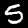
Label: 5